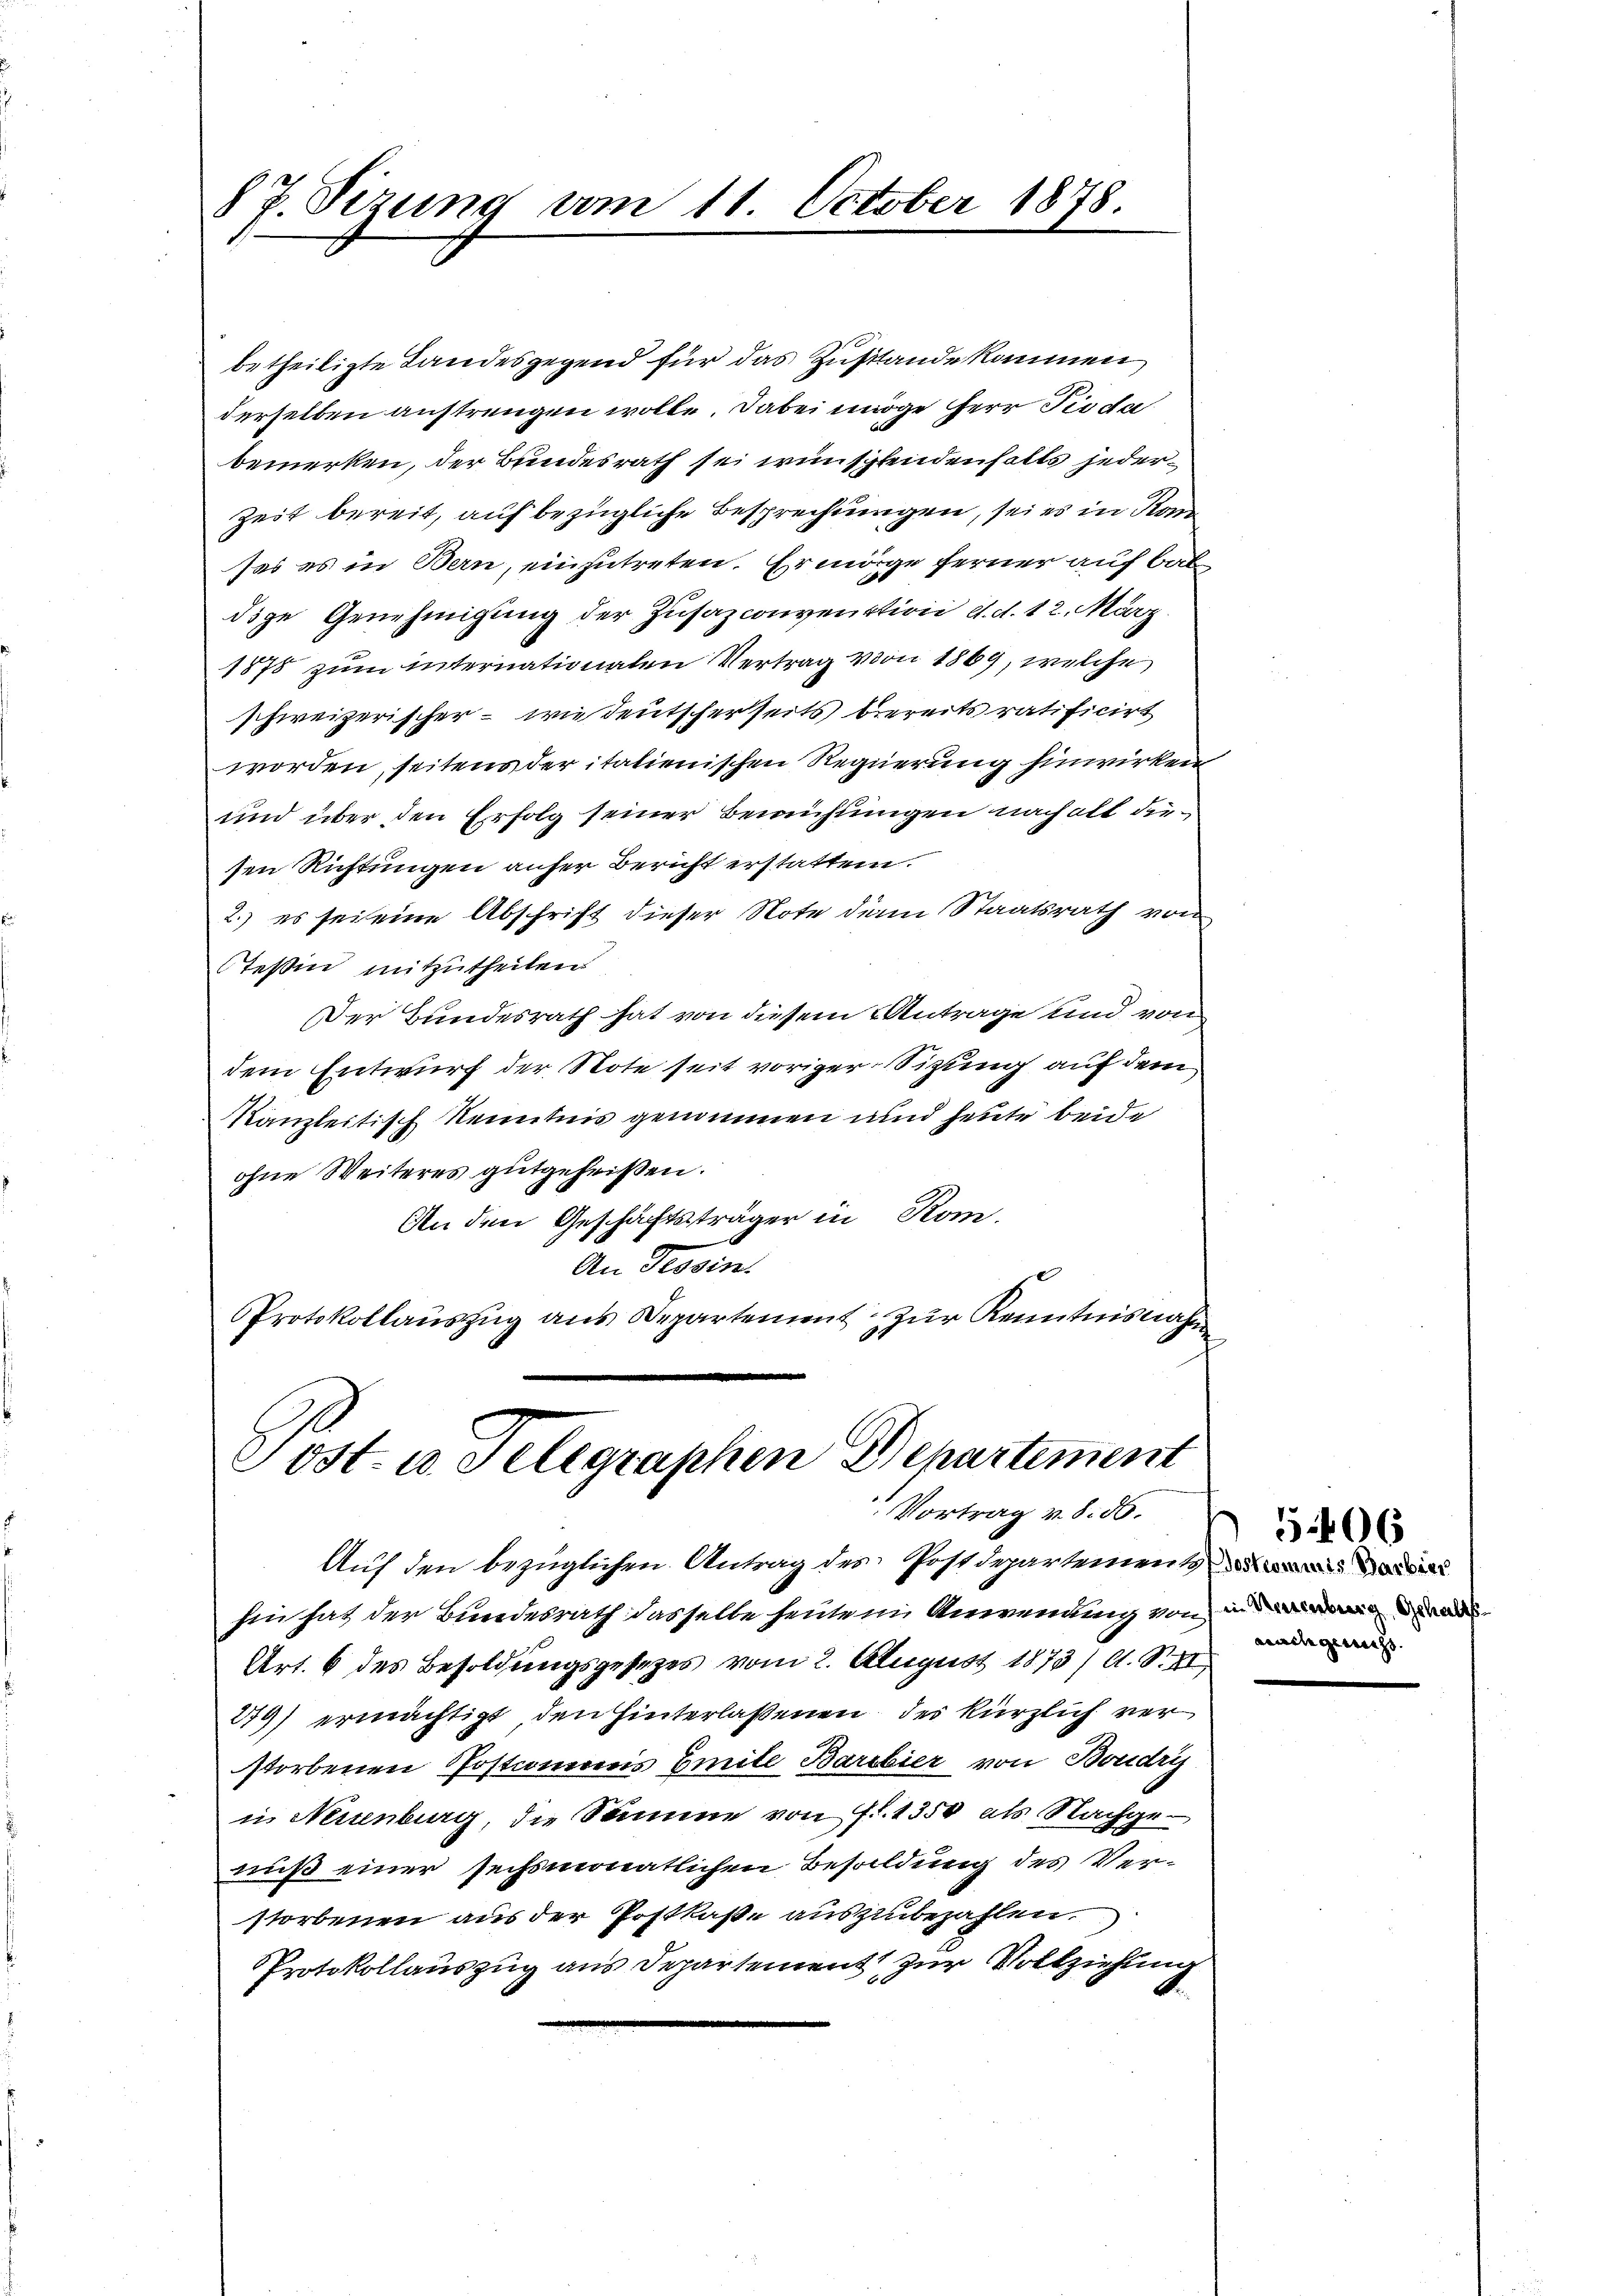
8 P. Sizung vom 11. October 1878.

betheiligte Landesgegend für das Zustande kommen
derselben anstrengen wolle. Dabei unöge Herr Pioda
bemerken, der Bundesrath sei einschendenfalls jeder¬
Zeit bereit, auf bezügliche Besprechungen, sei es in Ko
ses es in Bern, einzutreten. Ermörge ferner auf bal
dige Genehmigung der Zusazconvention d. d. 12. März
1878 zum internationalen Vertrag von 1869, welche
schweizerischer – wie deutscherseits bereits ratificirt
worden, seitens der italienischen Regierung hinwirken
und über den Erfolg seiner Bemühungen nach alt diesen Richtungen anfer Bericht erstatten.
2.) es sei eine Abschrift dieser Note denn Staatsrath von
Teßin mitzutheilen
Der Bundesrath hat von diesem Antrage und von
dem Entwurf der Note seit voriger Sitzung auf dem
Kanzleitisch kenntnis genommen und heute beide
ohne Weiteres gutgeheißen.
An den Geschäftsträger in Rom.
An Tessin.
Protokollaŭszŭg ans Departement zŭr Kenntnisnahm

Post. u. Telegraphen Departement
Vortrag v. 8. 56.

Auf den bezüglichen Antrag des Postdepartement
hin hat der Bundesrath dasselbe heuten Anwendung von in dad
Art. 6 des Besoldungsgesetzes vom 2. August 1873/ A. S. XI
279) ermächtigt, den hinterlaßenen des kürzlich verstorbenen Postiones Emite Barbier von Boudry
i. Neuenburg, die Samme von fl. 1350 als Nachgenuß einer sechsmonatlichen Besoldung des Verstorbenen aus der Postkasse auszubezahlen.
Protokollauszug aus Departement zur Vollziehung

wachegericht.

5406